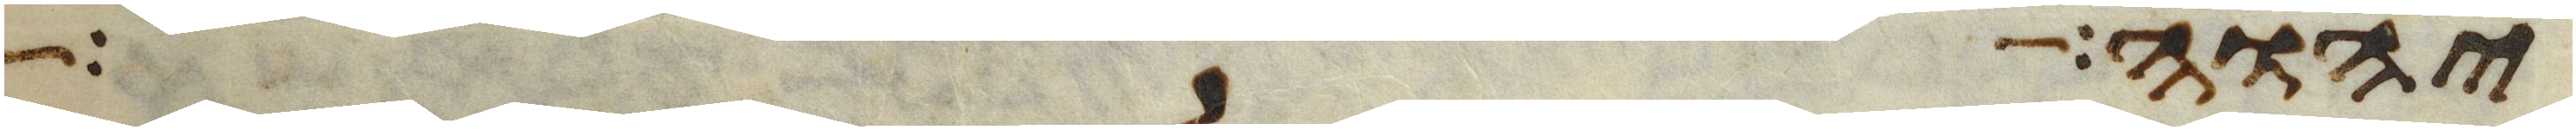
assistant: יהוה אל